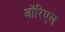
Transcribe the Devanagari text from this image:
ऑरिएल